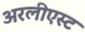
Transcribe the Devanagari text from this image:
अरलीएस्ट